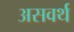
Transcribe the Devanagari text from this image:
असवर्थ